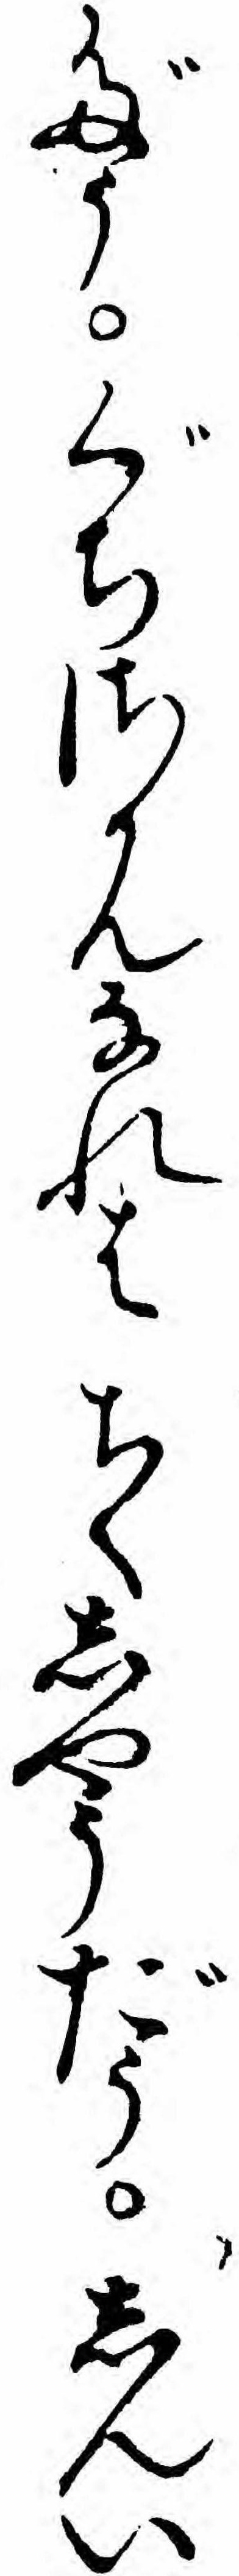
だうぐちさかんなれはちくしやうだうしんい